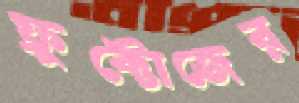
ফ্রুক্টোজের